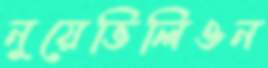
নুয়েভিলিওন